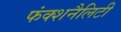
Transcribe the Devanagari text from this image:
फंक्शनैलिटी